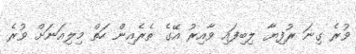
ވުރެ ގިނަ ރުފިޔާ ލިބިފައި ވާއިރު އޭގެ ތެރެއިން ހަތް މިލިއަނަށް ވުރެ